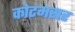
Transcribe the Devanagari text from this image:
कोटमसर